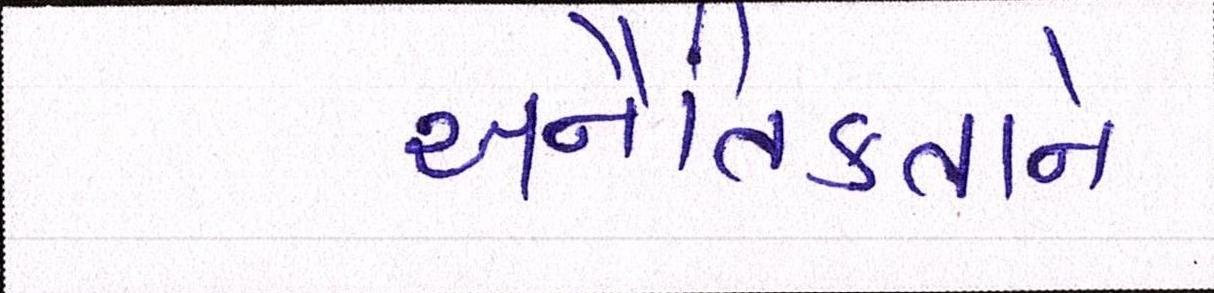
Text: અનૈતિકતાને